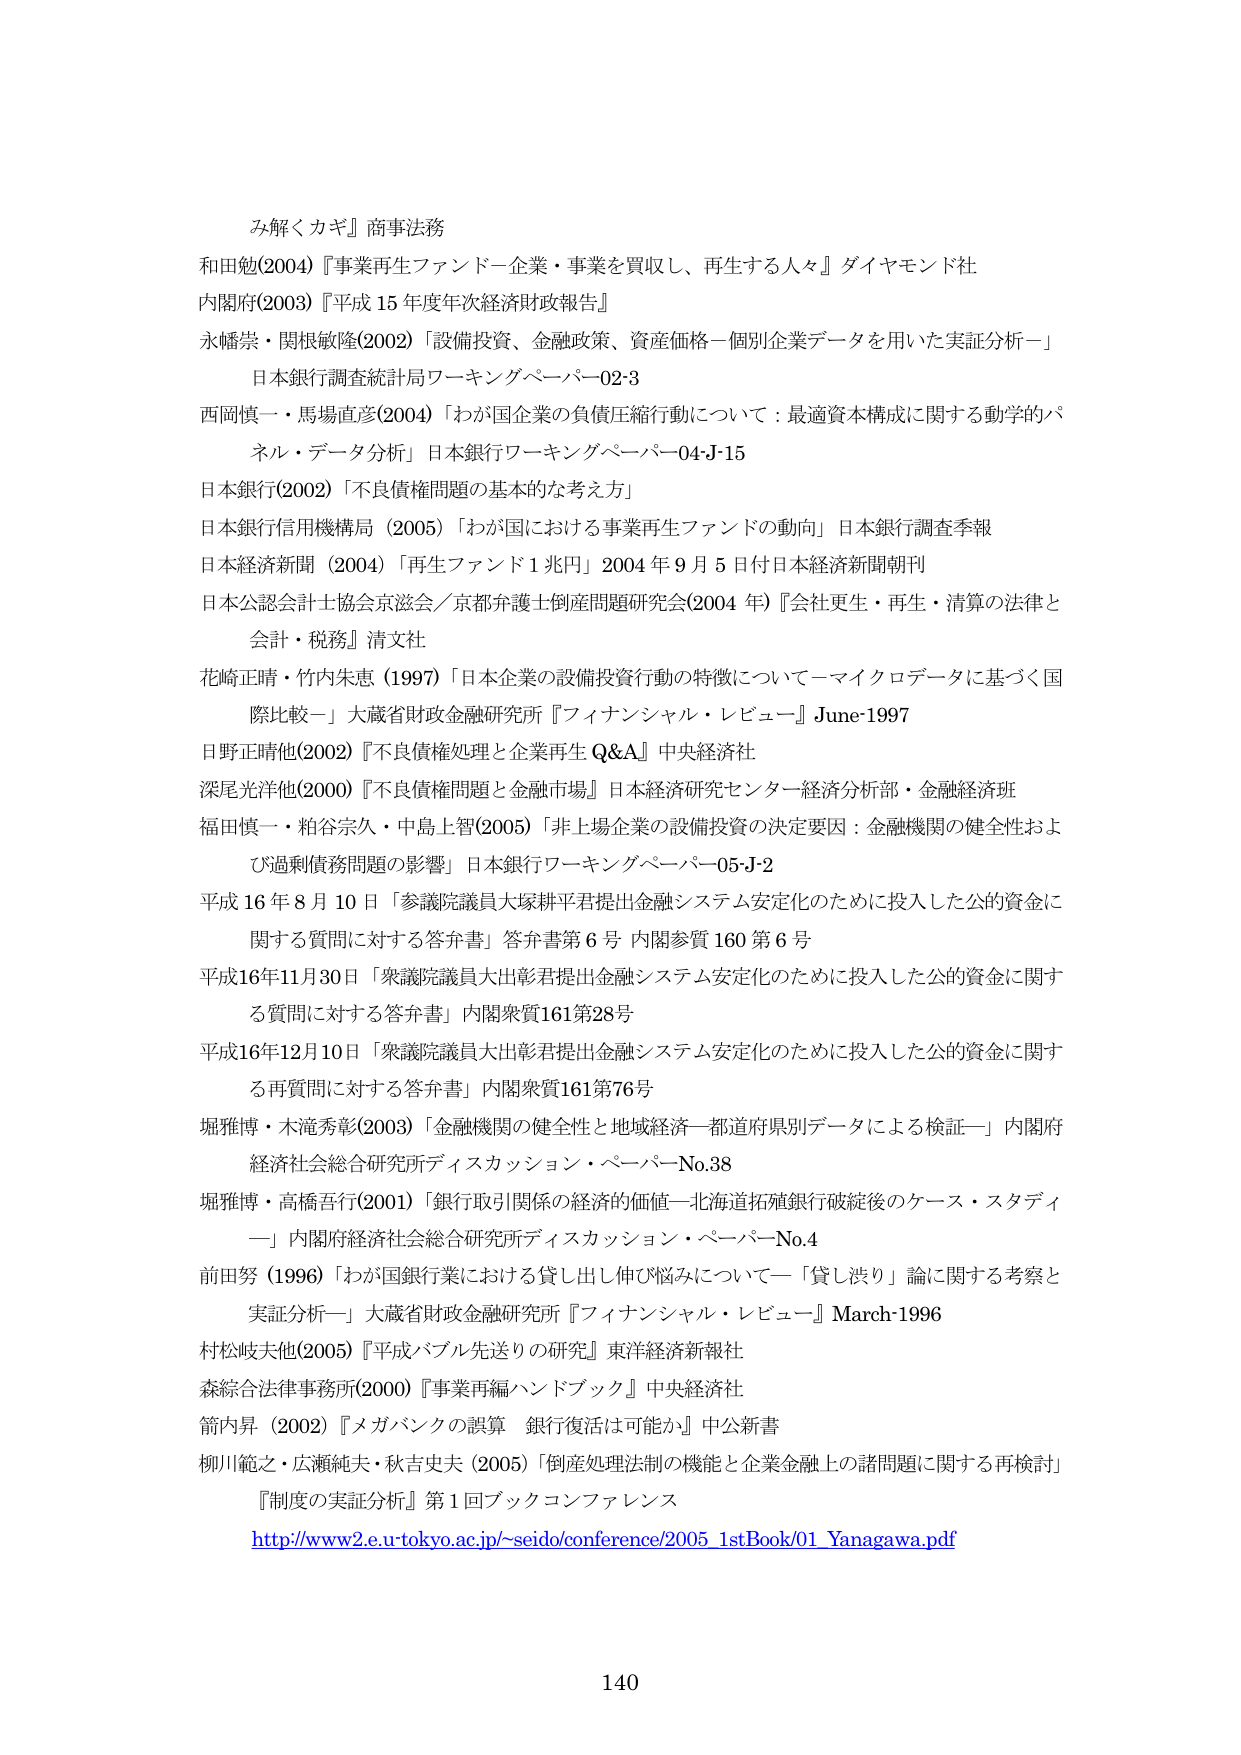
み解くカギ』商事法務
和田勉(2004)『事業再生ファンドー企業・事業を買収し、再生する人々』ダイヤモンド社
内閣府(2003)『平成15年度年次経済財政報告』
永幡崇・関根敏隆(2002)「設備投資、金融政策、資産価格ー個別企業データを用いた実証分析ー」
日本銀行調査統計局ワーキングペーパー02-3
西岡慎一・馬場直彦(2004)「わが国企業の負債圧縮行動について：最適資本構成に関する動学的パネル・データ分析」日本銀行ワーキングペーパー04-J-15
日本銀行(2002)「不良債権問題の基本的な考え方」
日本銀行信用機構局 (2005)「わが国における事業再生ファンドの動向」日本銀行調査季報
日本経済新聞 (2004)「再生ファンド1兆円」2004年9月5日付日本経済新聞朝刊
日本公認会計士協会京滋会／京都弁護士倒産問題研究会(2004年)『会社更生・再生・清算の法律と会計・税務』清文社
花崎正晴・竹内朱恵 (1997)「日本企業の設備投資行動の特徴について－マイクロデータに基づく国際比較－」大蔵省財政金融研究所『フィナンシャル・レビュー』June-1997
日野正晴他(2002)『不良債権処理と企業再生 Q&A』中央経済社
深尾光洋他(2000)『不良債権問題と金融市場』日本経済研究センター経済分析部・金融経済班
福田慎一・粕谷宗久・中島上智(2005)「非上場企業の設備投資の決定要因：金融機関の健全性および過剰債務問題の影響」日本銀行ワーキングペーパー05-J-2
平成16年8月10日「参議院議員大塚耕平君提出金融システム安定化のために投入した公的資金に関する質問に対する答弁書」答弁書第6号 内閣参質160第6号
平成16年11月30日「衆議院議員大出彰君提出金融システム安定化のために投入した公的資金に関する質問に対する答弁書」内閣衆質161第28号
平成16年12月10日「衆議院議員大出彰君提出金融システム安定化のために投入した公的資金に関する再質問に対する答弁書」内閣衆質161第76号
堀雅博・木滝秀彰(2003)「金融機関の健全性と地域経済－都道府県別データによる検証－」内閣府経済社会総合研究所ディスカッション・ペーパーNo.38
堀雅博・高橋吾行(2001)「銀行取引関係の経済的価値－北海道拓殖銀行破綻後のケース・スタディー」内閣府経済社会総合研究所ディスカッション・ペーパーNo.4
前田努 (1996)「わが国銀行業における貸し出し伸び悩みについて－「貸し渋り」論に関する考察と実証分析－」大蔵省財政金融研究所『フィナンシャル・レビュー』March-1996
村松峻夫他(2005)『平成バブル先送りの研究』東洋経済新報社
森綜合法律事務所(2000)『事業再編ハンドブック』中央経済社
箭内昇 (2002)『メガバンクの誤算 銀行復活は可能か』中公新書
柳川範之・広瀬純夫・秋吉史夫 (2005)「倒産処理法制の機能と企業金融上の諸問題に関する再検討」『制度の実証分析』第1回ブックコンファレンス
http://www2.e.u-tokyo.ac.jp/~seido/conference/2005_1stBook/01_Yanagawa.pdf
140